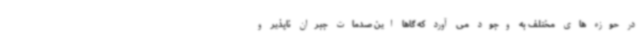
در حوزه های مختلف به وجود می آورد که گاها این صدمات جبران ناپذیر و